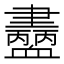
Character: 𧗚